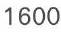
1600